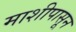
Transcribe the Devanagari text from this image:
माशीपासून